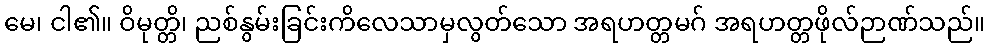
မေ၊ ငါ၏။ ဝိမုတ္တိ၊ ညစ်နွမ်းခြင်းကိလေသာမှလွတ်သော အရဟတ္တမဂ် အရဟတ္တဖိုလ်ဉာဏ်သည်။